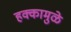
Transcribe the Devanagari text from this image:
हक्कामुळे